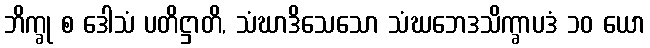
ဘိက္ခု စ ဒေါသံ ပတိဋ္ဌာတိ, သံဃာဒိသေသော သံဃဘေဒသိက္ခာပဒံ ၁၀ ယော